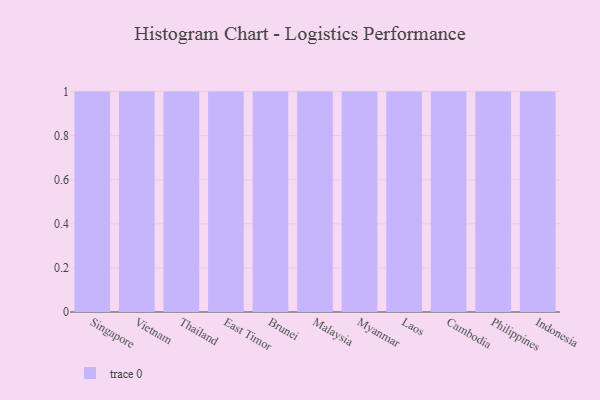
{"axis": {"x": "Country", "y": "Energy Usage (MWh)"}, "legend": [""], "data": [{"x": "Singapore", "y": 34, "type": ""}, {"x": "Vietnam", "y": 24, "type": ""}, {"x": "Thailand", "y": 45, "type": ""}, {"x": "East Timor", "y": 61, "type": ""}, {"x": "Brunei", "y": 22, "type": ""}, {"x": "Malaysia", "y": 72, "type": ""}, {"x": "Myanmar", "y": 80, "type": ""}, {"x": "Laos", "y": 12, "type": ""}, {"x": "Cambodia", "y": 83, "type": ""}, {"x": "Philippines", "y": 100, "type": ""}, {"x": "Indonesia", "y": 80, "type": ""}]}